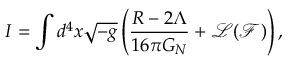
I = \int d ^ { 4 } x \sqrt { - g } \left( \frac { R - 2 \Lambda } { 1 6 \pi G _ { N } } + \mathcal { L } ( \mathcal { F } ) \right) ,